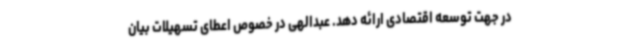
در جهت توسعه اقتصادی ارائه دهد. عبدالهی در خصوص اعطای تسهیلات بیان